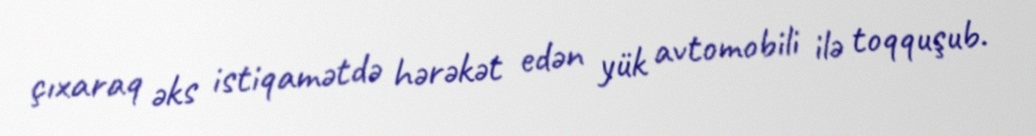
çıxaraq əks istiqamətdə hərəkət edən yük avtomobili ilə toqquşub.